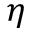
\eta